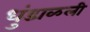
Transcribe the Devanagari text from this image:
धुंडाळली